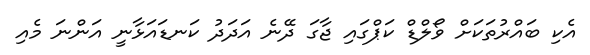
އެކި ބައްރުތަކަށް ވޯލްޑް ކަޕްގަައި ޖާގަ ދޭނެ އަދަދު ކަނޑައަޅާނީ އަންނަ މެއި